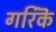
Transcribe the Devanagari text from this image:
गरिकॆ